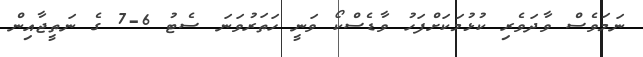
ނަމަވެސް ވާދަވެރި ކުޅުމަކަށްފަހު ވާޑެސްކޯ ވަނީ ހަތަރުވަނަ ސެޓު 6-7 ގެ ނަތީޖާއިން